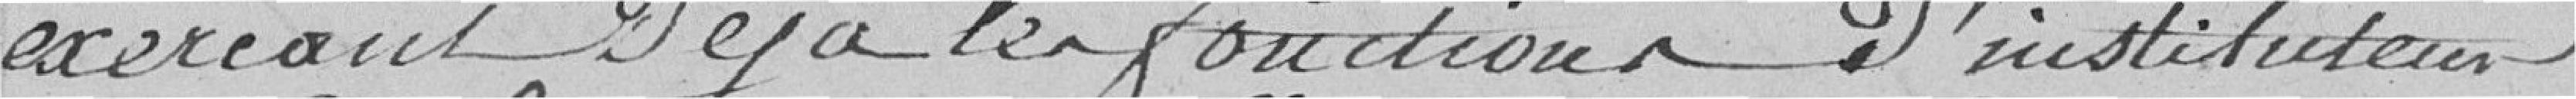
exerçant déjà les fonctions d'instituteur